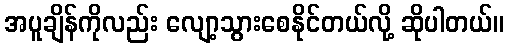
အပူချိန်ကိုလည်း လျော့သွားစေနိုင်တယ်လို့ ဆိုပါတယ်။